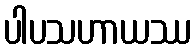
ပါပသဟာယဿ